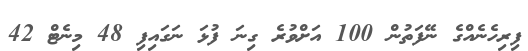
ފިރިހެނެއްގެ ނޭފަތުން 100 އަށްވުރެ ގިނަ ފުޅަ ނަގައިފި 48 މިނެޓް 42